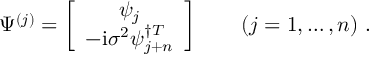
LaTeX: { \Psi } ^ { ( j ) } = \left[ \begin{array} { c } { { { \psi } _ { j } } } \\ { { - { \mathrm { i } } { \sigma } ^ { 2 } { \psi } _ { j + n } ^ { \dagger T } } } \end{array} \right] \qquad ( j = 1 , \ldots , n ) \ .